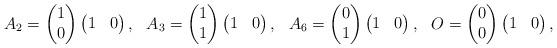
LaTeX: \begin{align*}A_2 = \begin{pmatrix} 1 \\ 0 \end{pmatrix} \begin{pmatrix} 1 & 0 \end{pmatrix},&&A_3 = \begin{pmatrix} 1 \\ 1 \end{pmatrix} \begin{pmatrix} 1 & 0 \end{pmatrix},&&A_6 = \begin{pmatrix} 0 \\ 1 \end{pmatrix} \begin{pmatrix} 1 & 0 \end{pmatrix},&&O = \begin{pmatrix} 0 \\ 0 \end{pmatrix} \begin{pmatrix} 1 & 0 \end{pmatrix},&&\end{align*}